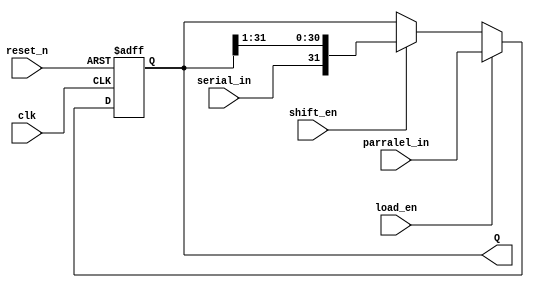
module shift_reg #(parameter BIT_LENGTH = 32)(
    input clk, 
    input reset_n, 
    input shift_en,
    input load_en,  
    input serial_in, 
    input [BIT_LENGTH-1:0] parralel_in, 
    
    output reg [BIT_LENGTH-1:0] Q
);

    always @(posedge clk or negedge reset_n) begin

        if(!reset_n)
            Q <= 'b0; 
        else 
            Q <= load_en? parralel_in: (shift_en? {serial_in, Q[BIT_LENGTH-1 : 1]}: Q); 
    end

endmodule